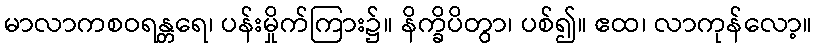
မာလာကစဝရန္တရေ၊ ပန်းမှိုက်ကြား၌။ နိက္ခိပိတွာ၊ ပစ်၍။ ဧထ၊ လာကုန်လော့။